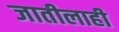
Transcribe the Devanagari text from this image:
जातीलाही